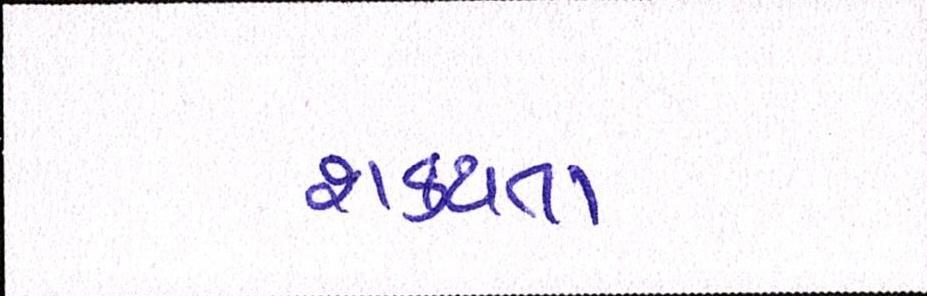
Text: શકયતા